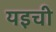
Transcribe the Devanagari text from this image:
यइची